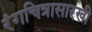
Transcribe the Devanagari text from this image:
रंगचित्रासारखी